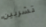
تشربين